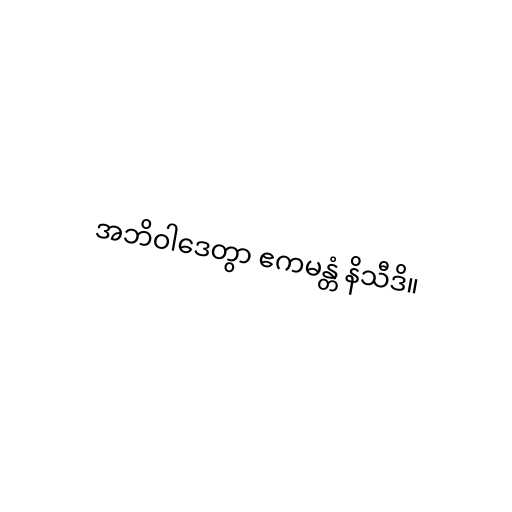
အဘိဝါဒေတွာ ဧကမန္တံ နိသီဒိ။